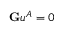
\mathbf { G } \mathfrak { u } ^ { A } = 0